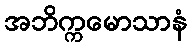
အဘိက္ကမောသာနံ